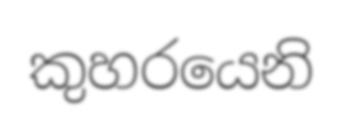
කුහරයෙනි